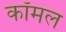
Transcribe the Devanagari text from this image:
कॉमल